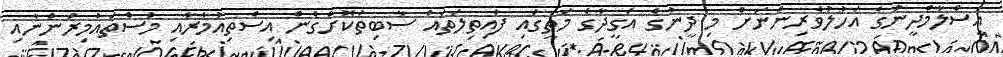
އިސްލާމްދީނުގެ އަހުލުވެރިންނަށް މި ދީނުގެ އަގީދާގެ މަތީގައި ފައިތިލަތައް ސާބިތުކޮށްގެން އިސްތިއުމާރާއި މުސްތައުމިރުންނާއި